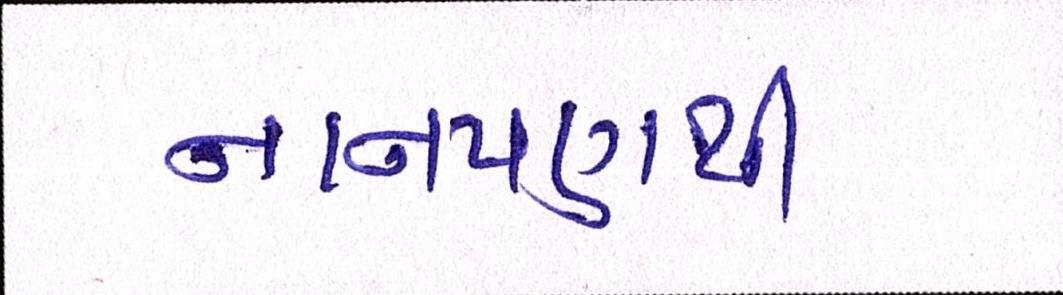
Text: નાનપણથી